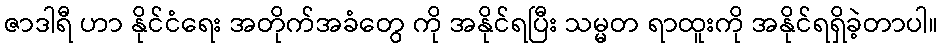
ဇာဒါရီ ဟာ နိုင်ငံရေး အတိုက်အခံတွေ ကို အနိုင်ရပြီး သမ္မတ ရာထူးကို အနိုင်ရရှိခဲ့တာပါ။